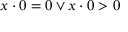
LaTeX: x \cdot 0 = 0 \lor x \cdot 0 > 0